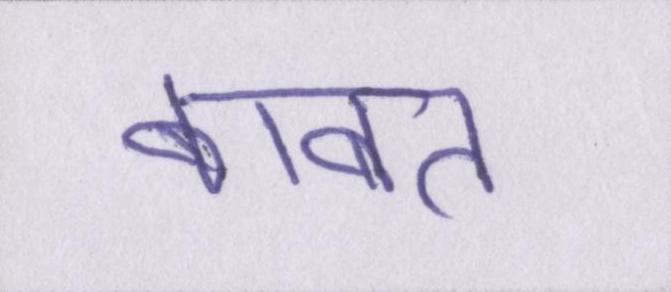
बाबत